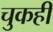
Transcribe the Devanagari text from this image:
चुकही